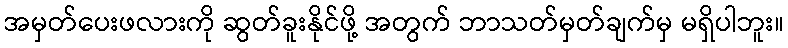
အမှတ်ပေးဖလားကို ဆွတ်ခူးနိုင်ဖို့ အတွက် ဘာသတ်မှတ်ချက်မှ မရှိပါဘူး။